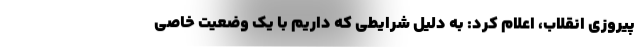
پیروزی انقلاب، اعلام کرد: به دلیل شرایطی که داریم با یک وضعیت خاصی